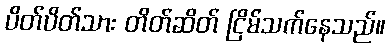
ပိတ်ပိတ်သား တိတ်ဆိတ် ငြိမ်သက်နေသည်။